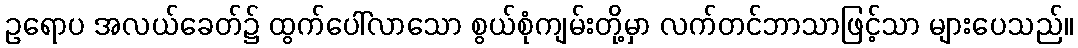
ဥရောပ အလယ်ခေတ်၌ ထွက်ပေါ်လာသော စွယ်စုံကျမ်းတို့မှာ လက်တင်ဘာသာဖြင့်သာ များပေသည်။